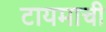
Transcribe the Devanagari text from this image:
टायमाची